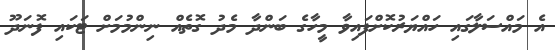
އެ މައްސަލާގައި ހައްޔަރުކޮށްފައިވާ މީހާގެ ބަންދާ މެދު ގޮތެއް ނިންމުމަށް ޓަކައި ފޮނަދޫ